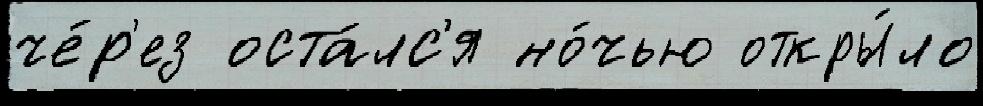
че́р'ез оста́лс'я но́чью откры́ло